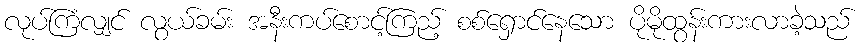
လုပ်ကြံလျှင် လွယ်ခမ်း အနီးကပ်စောင့်ကြည့် စစ်ရှောင်နေသော ပိုမိုထွန်းကားလာခဲ့သည်